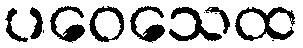
ပဝေသေထ